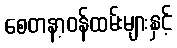
စေတနာ့ဝန်ထမ်းများနှင့်